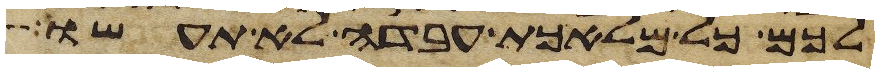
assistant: לכם כל מלאכת עבדה לא תעשו